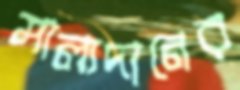
মাল্যদানের